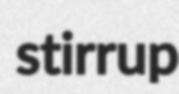
stirrup